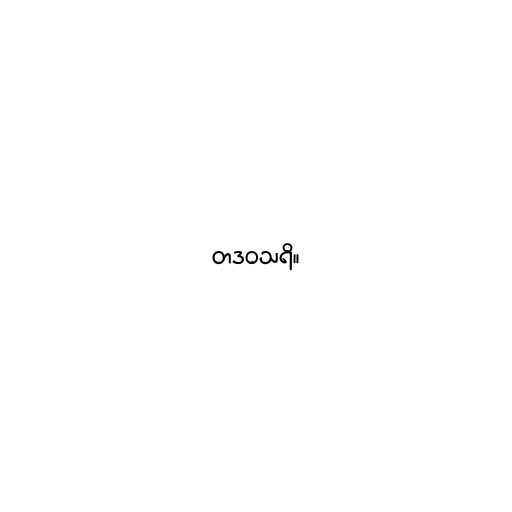
တဒဝသရိ။